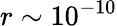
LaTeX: r\sim 10^{-10}